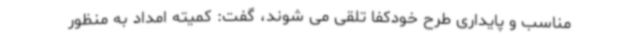
مناسب و پایداری طرح خودکفا تلقی می شوند، گفت: کمیته امداد به منظور